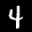
Label: 4